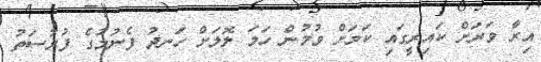
އިރާ ވަރަށް ކައިރީގައި ކަމަށް ވުމުން ހަމަ ލޮލަށް ހަނދު ފެނުމުގެ ފުރުސަތު